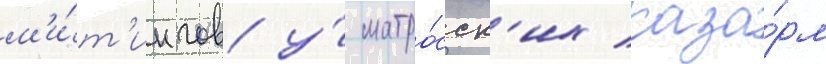
м'и́т'ингов у́ матро́сск'их каза́рм